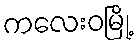
ကလေးဝမြို့